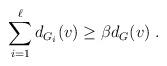
LaTeX: \begin{align*}\sum_{i=1}^{\ell} d_{G_i}(v)\geq\beta d_G(v)\;.\end{align*}